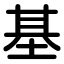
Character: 基